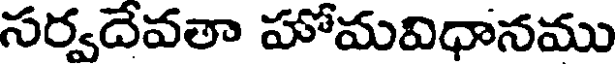
సర్వదేవతా హోమవిధానము